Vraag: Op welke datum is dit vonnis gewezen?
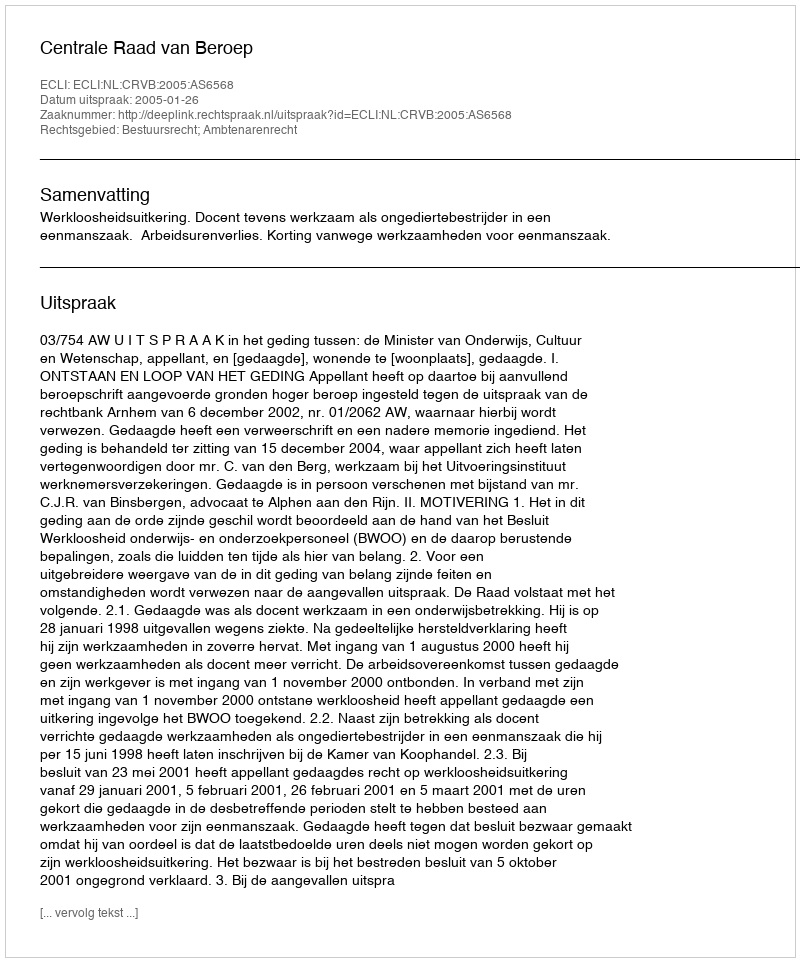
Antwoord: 2005-01-26